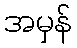
အမှန်